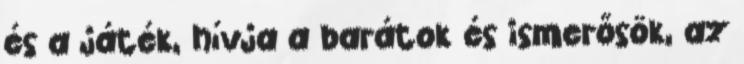
és a játék, hívja a barátok és ismerősök, az